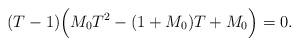
LaTeX: \begin{align*}(T-1)\Bigl(M_0T^2-(1+M_0)T+M_0\Bigr)=0.\end{align*}